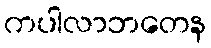
ကပါလာဘတေန